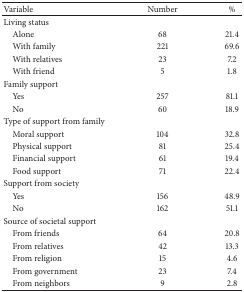
<table><thead><tr><td><b>Variable</b></td><td><b>Number</b></td><td><b>%</b></td></tr></thead><tbody><tr><td>Living status</td><td> </td><td> </td></tr><tr><td> Alone</td><td>68</td><td>21.4</td></tr><tr><td> With family</td><td>221</td><td>69.6</td></tr><tr><td> With relatives</td><td>23</td><td>7.2</td></tr><tr><td> With friend</td><td>5</td><td>1.8</td></tr><tr><td>Family support</td><td> </td><td> </td></tr><tr><td> Yes</td><td>257</td><td>81.1</td></tr><tr><td> No</td><td>60</td><td>18.9</td></tr><tr><td>Type of support from family</td><td> </td><td> </td></tr><tr><td> Moral support</td><td>104</td><td>32.8</td></tr><tr><td> Physical support</td><td>81</td><td>25.4</td></tr><tr><td> Financial support</td><td>61</td><td>19.4</td></tr><tr><td> Food support</td><td>71</td><td>22.4</td></tr><tr><td>Support from society</td><td> </td><td> </td></tr><tr><td> Yes</td><td>156</td><td>48.9</td></tr><tr><td> No</td><td>162</td><td>51.1</td></tr><tr><td>Source of societal support</td><td> </td><td> </td></tr><tr><td> From friends</td><td>64</td><td>20.8</td></tr><tr><td> From relatives</td><td>42</td><td>13.3</td></tr><tr><td> From religion</td><td>15</td><td>4.6</td></tr><tr><td> From government</td><td>23</td><td>7.4</td></tr><tr><td> From neighbors</td><td>9</td><td>2.8</td></tr></tbody></table>